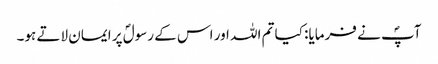
آپؐ نے فرمایا: کیا تم اللہ اور اس کے رسولؐ پر ایمان لاتے ہو۔